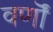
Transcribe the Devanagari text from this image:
वर्णॊं